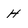
Character: H